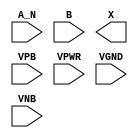
module sky130_fd_sc_ms__and2b (
    //# {{data|Data Signals}}
    input  A_N ,
    input  B   ,
    output X   ,

    //# {{power|Power}}
    input  VPB ,
    input  VPWR,
    input  VGND,
    input  VNB
);
endmodule